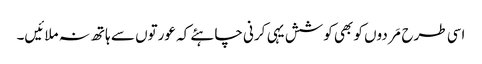
اسی طرح مَردوں کو بھی کوشش یہی کرنی چاہئے کہ عورتوں سے ہاتھ نہ ملائیں۔